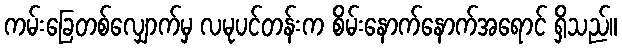
ကမ်းခြေတစ်လျှောက်မှ လမုပင်တန်းက စိမ်းနောက်နောက်အရောင် ရှိသည်။